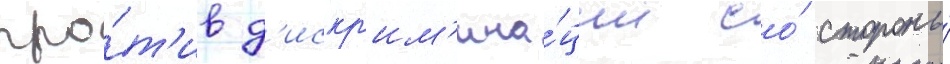
про́т'ив д'искр'им'ина́ции со́ стороны́